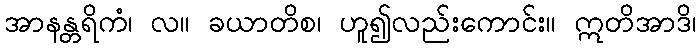
အာနန္တရိကံ၊ လ။ ခယာတိစ၊ ဟူ၍လည်းကောင်း။ ဣတိအာဒိ၊